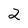
Character: 2